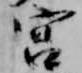
宮